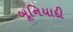
બૂનિયાદી